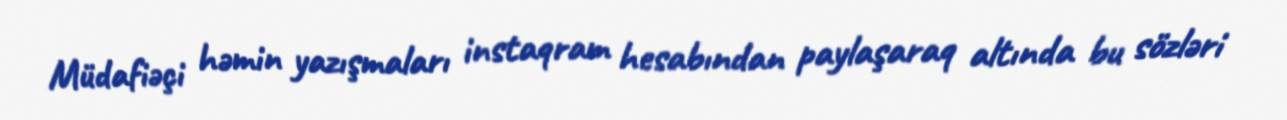
Müdafiəçi həmin yazışmaları instaqram hesabından paylaşaraq altında bu sözləri